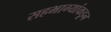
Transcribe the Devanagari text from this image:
सहभाग्यांकडून